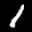
Label: 1